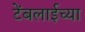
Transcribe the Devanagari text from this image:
टेंबलाईच्या